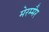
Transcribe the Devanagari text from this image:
मेरम्मैर